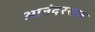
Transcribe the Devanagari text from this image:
आनंदरसात